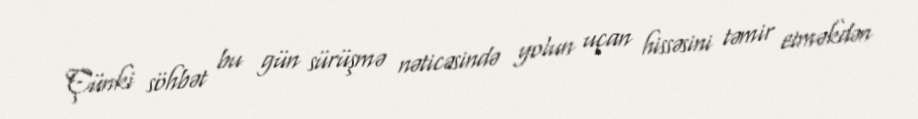
Çünki söhbət bu gün sürüşmə nəticəsində yolun uçan hissəsini təmir etməkdən